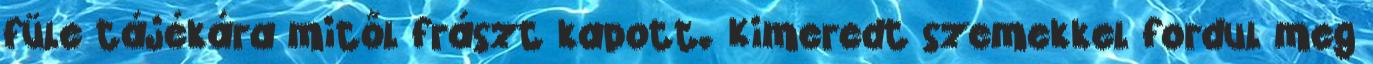
füle tájékára mitől frászt kapott. Kimeredt szemekkel fordul meg